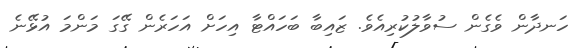
ހަނދާން ވެގެން ސުވާލުކުރިއެވެ. ޒައިބާ ބަހައްޓާ އިހަށް އަހަރެން ގޭގަ މަންމަ އުޅޭނެ